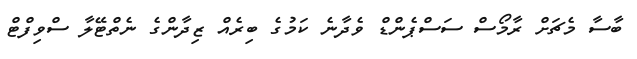
ބާސާ މެޗަށް ރާމޯސް ސަސްޕެންޑް ވެދާނެ ކަމުގެ ބިރެއް ޒިދާންގެ ނެތްޓޭލާ ސްވިފްޓް